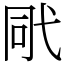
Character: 㢥